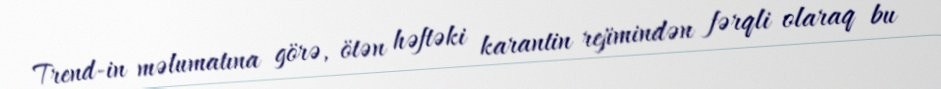
Trend-in məlumatına görə, ötən həftəki karantin rejimindən fərqli olaraq bu